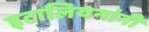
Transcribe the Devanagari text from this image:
इटालियनांनी